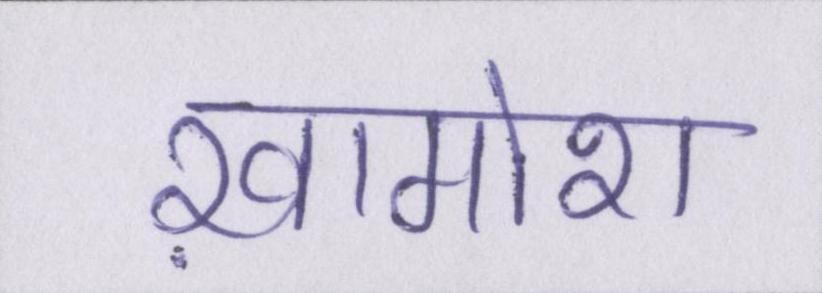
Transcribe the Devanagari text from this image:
ख़ामोश